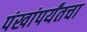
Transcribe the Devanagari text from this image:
पंखांपर्यंतचा